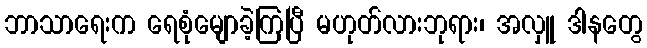
ဘာသာရေးက ရေစုံမျောခဲ့ကြပြီ မဟုတ်လားဘုရား၊ အလှူ ဒါနတွေ